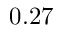
0 . 2 7